Vaccination in Burma 1889-1999 - 1889-1999
Year: 1889
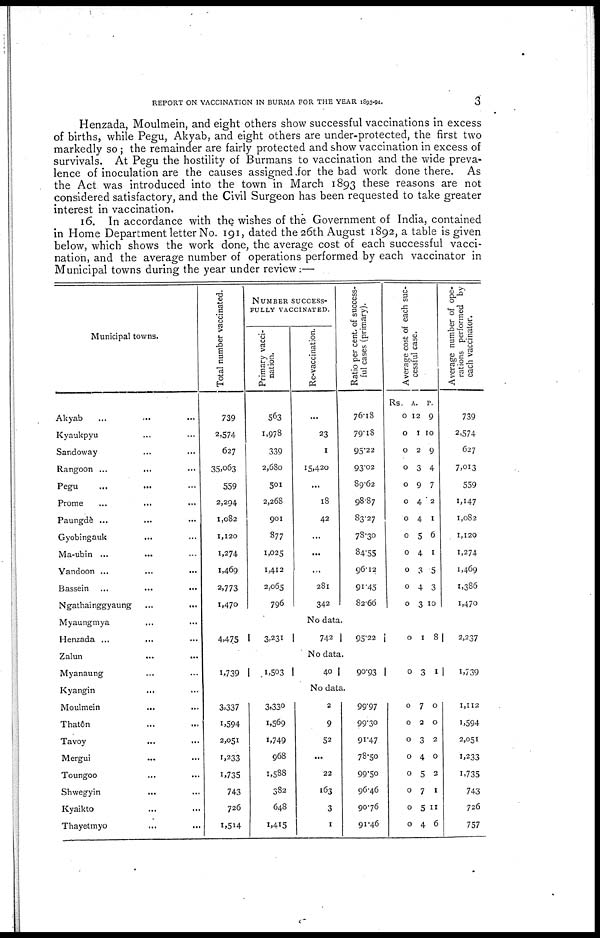
REPORT ON VACCINATION IN BURMA FOR THE YEAR 1893-94.
3
Henzada, Moulmein, and eight others show successful vaccinations in excess
of births, while Pegu, Akyab, and eight others are under-protected, the first two
markedly so; the remainder are fairly protected and show vaccination in excess of
survivals. At Pegu the hostility of Burmans to vaccination and the wide preva-
lence of inoculation are the causes assigned for the bad work done there. As
the Act was introduced into the town in March 1893 these reasons are not
considered satisfactory, and the Civil Surgeon has been requested to take greater
interest in vaccination.
16. In accordance with the wishes of the Government of India, contained
in Home Department letter No. 191, dated the 26th August 1892, a table is given
below, which shows the work done, the average cost of each successful vacci-
nation, and the average number of operations performed by each vaccinator in
Municipal towns during the year under review:—
Municipal towns.
Akyab
...
...
...
Kyaukpyu... ... ...
Sandoway... ... ...
Rangoon... ... ...
Pegu...
...
...
Prome... ... ...
Paungde... ... ...
Gyobingauk... ... ...
Ma-ubin ... ... ...
Yandoon ... ... ...
Bassein... ... ...
Ngathainggyaung
...
...
...
Myaungmya... ... ...
Henzada ... ... ...
Zalun
...
...
...
Myanaung... ...
Kyangin... ... ...
Moulmein... ... ...
Thaton... ... ...
Tavoy... ... ...
Mergui... ... ...
Toungoo... ... ...
Shwegyin... ... ...
Kyaikto... ... ...
Thayetmyo... ... ...
Total number vaccinated.
739
2,574
627
35,063
559
2,294
1,082
1,120
1,274
1,469
2,773
1,470
4,475
1,739
3,337
1,594
2,051
1,233
1,735
743
726
1,514
NUMBER SUCCESS-
----- VACCINATED.
Primary vacci-
nation.
563
1,978
339
2,680
501
2,268
901
877
1,025
1,412
2,065
796
3,231
1,503
3,330
1,569
1,749
968
1,538
382
648
1,415
Re-vaccination.
...
23
1
15,420
...
18
42
...
...
...
281
342
No data.
742
No data.
40
No data.
2
9
52
...
22
163
3
1
Ratio per cent. of success-
ful cases (primary).
76.18
79.18
95.22
93.02
89.62
98.87
83.27
78.30
84.55
96.12
91.45
82.66
95.22
90.93
99.97
99.30
91.47
78.50
99.50
96.46
90.76
91.46
Average cost of each suc-
cessful case.
Rs.
0
0
0
0
0
0
0
0
0
0
0
0
A.
12
1
2
3
9
4
4
5
4
3
4
3
P.
9
10
9
4
7
2
1
6
1
5
3
10
0
1 8
0 3 1
0
0
0
0
0
0
0
0
7
2
3
4
5
7
5
4
0
0
2
0
2
1
11
6
Average number of ope-
rations performed by
each vaccinator.
739
2,574
627
7,013
559
1,147
1,082
1,120
1,274
1,469
1,386
1,470
2,237
1,739
1,112
1,594
2,051
1,233
1,735
743
726
757